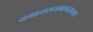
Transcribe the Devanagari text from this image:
यमाताराजभानसलगा